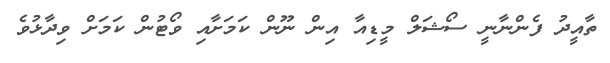
ތާއީދު ފެންނާނީ ސޯޝަލް މީޑިއާ އިން ނޫން ކަމަށާއި ވޯޓުން ކަމަށް ވިދާޅުވެ